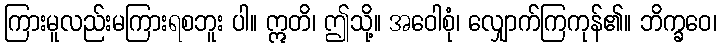
ကြားမူလည်းမကြားရစဘူး ပါ။ ဣတိ၊ ဤသို့။ အဝေါစုံ၊ လျှောက်ကြကုန်၏။ ဘိက္ခဝေ၊